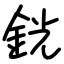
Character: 銧